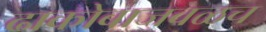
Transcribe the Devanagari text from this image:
ढाकोबाजवळच